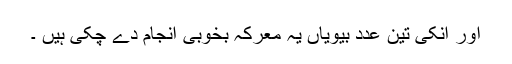
اور انکی تین عدد بیویاں یہ معرکہ بخوبی انجام دے چکی ہیں ۔